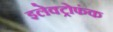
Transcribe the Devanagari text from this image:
इलेक्ट्रोफंक